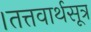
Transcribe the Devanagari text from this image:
।तत्तवार्थसूत्र